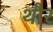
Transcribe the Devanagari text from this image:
थौर